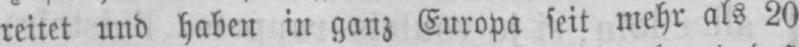
reitet und haben in ganz Europa seit mehr als 20